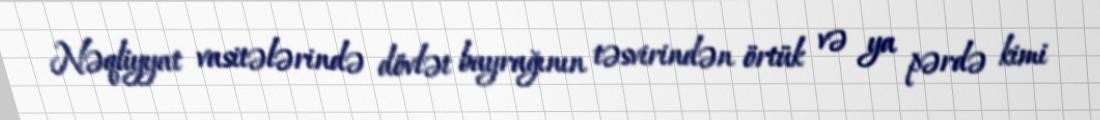
Nəqliyyat vasitələrində dövlət bayrağının təsvirindən örtük və ya pərdə kimi